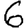
Digit: 6